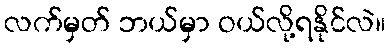
လက်မှတ် ဘယ်မှာ ဝယ်လို့ရနိုင်လဲ။